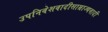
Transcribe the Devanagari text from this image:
उपनिवेशवादीसाम्राज्यवादी